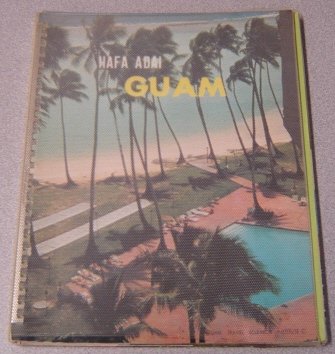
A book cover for Guam: Island of Unending Summer; Hafa Adai; Travel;